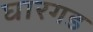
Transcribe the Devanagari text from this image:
घारगड